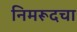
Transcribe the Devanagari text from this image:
निमरूदचा